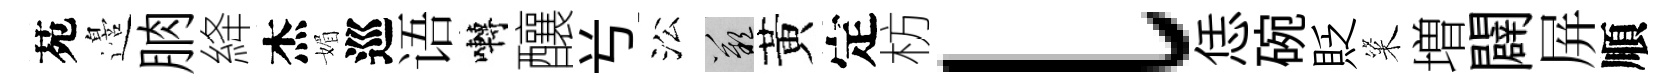
苑邉朒絳杰媚巡语囀釀𠔃㳂嘆黃定枋l恁碗貶粢増闢屏順